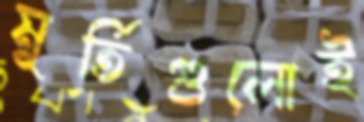
মূর্তিগুলোই